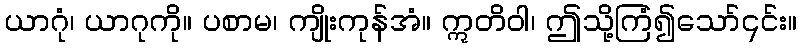
ယာဂုံ၊ ယာဂုကို။ ပစာမ၊ ကျိုးကုန်အံ။ ဣတိဝါ၊ ဤသို့ကြံ၍သော်၎င်း။